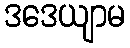
ဒဒေယျာမ